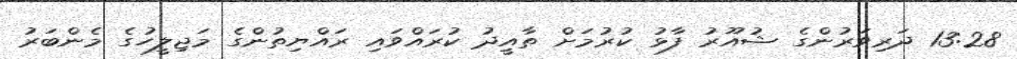
13:28 ދަރިވަރުންގެ ޝުއޫރު ފާޅު ކުރުމަށް ތާއީދު ކުރައްވައި ރައްޔިތުންގެ މަޖިލީހުގެ މެންބަރު